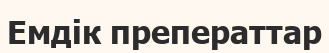
Емдік преператтар